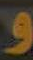
و